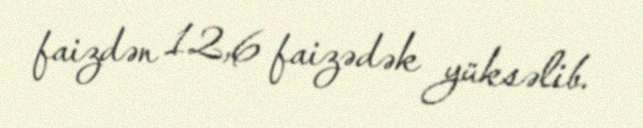
faizdən 12,6 faizədək yüksəlib.